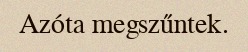
Azóta megszűntek.